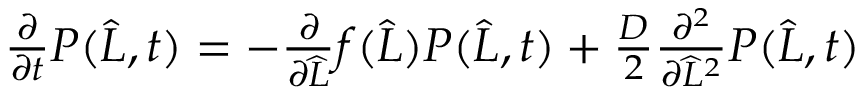
\begin{array} { r } { \frac { \partial } { \partial t } P ( \widehat { L } , t ) = - \frac { \partial } { \partial \widehat { L } } f ( \widehat { L } ) P ( \widehat { L } , t ) + \frac { D } { 2 } \frac { \partial ^ { 2 } } { \partial \widehat { L } ^ { 2 } } P ( \widehat { L } , t ) } \end{array}